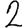
Digit: 2